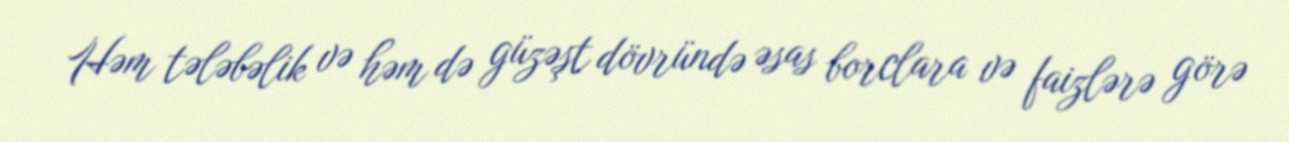
Həm tələbəlik və həm də güzəşt dövründə əsas borclara və faizlərə görə